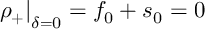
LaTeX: \left. \rho _ { + } \right| _ { \delta = 0 } = f _ { 0 } + s _ { 0 } = 0